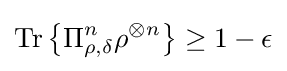
{\text{Tr}}\left\{\Pi _{\rho ,\delta }^{n}\rho ^{\otimes n}\right\}\geq 1-\epsilon